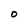
Character: O